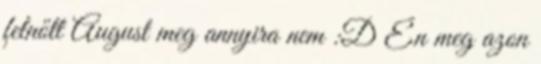
felnőtt August meg annyira nem :D Én meg azon